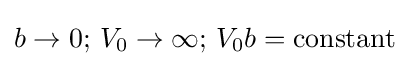
b\to 0;\,V_{0}\to \infty ;\,V_{0}b=\mathrm {constant}